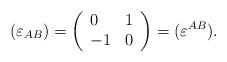
LaTeX: \begin{align*}(\varepsilon _{AB})=\left( \begin{array}{ll}0 & 1 \\ -1 & 0\end{array}\right) =(\varepsilon ^{AB}). \end{align*}